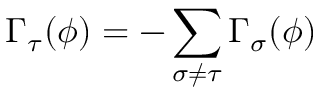
\Gamma _ { \tau } ( \phi ) = - \sum _ { \sigma \neq \tau } \Gamma _ { \sigma } ( \phi )